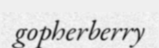
gopherberry